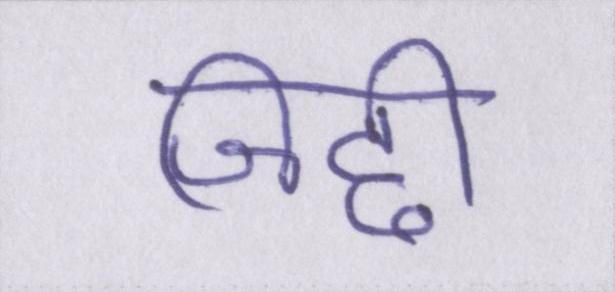
जिद्दी